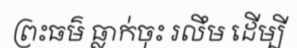
ព្រះធម៌ ធ្លាក់ចុះ រលឹម ដើម្បី